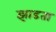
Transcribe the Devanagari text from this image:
झाडता